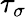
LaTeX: \tau_{\sigma}